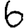
Digit: 6